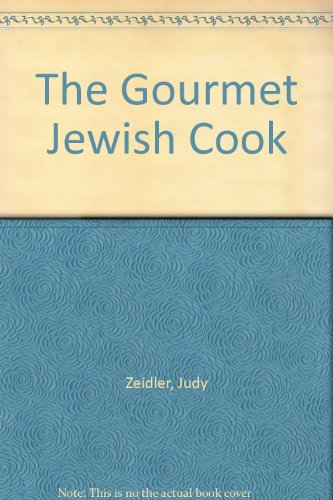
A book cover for The Gourmet Jewish Cook; Judy Zeidler; Cookbooks, Food & Wine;